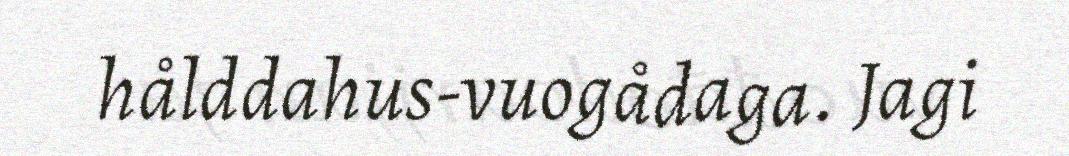
hålddahus-vuogådaga. Jagi